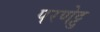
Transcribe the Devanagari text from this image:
परणेट्टु